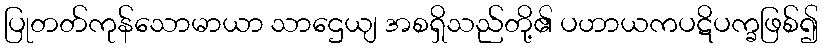
ပြုတတ်ကုန်သောမာယာ သာဌေယျ အစရှိသည်တို့၏ ပဟာယကပဋိပက္ခဖြစ်၍